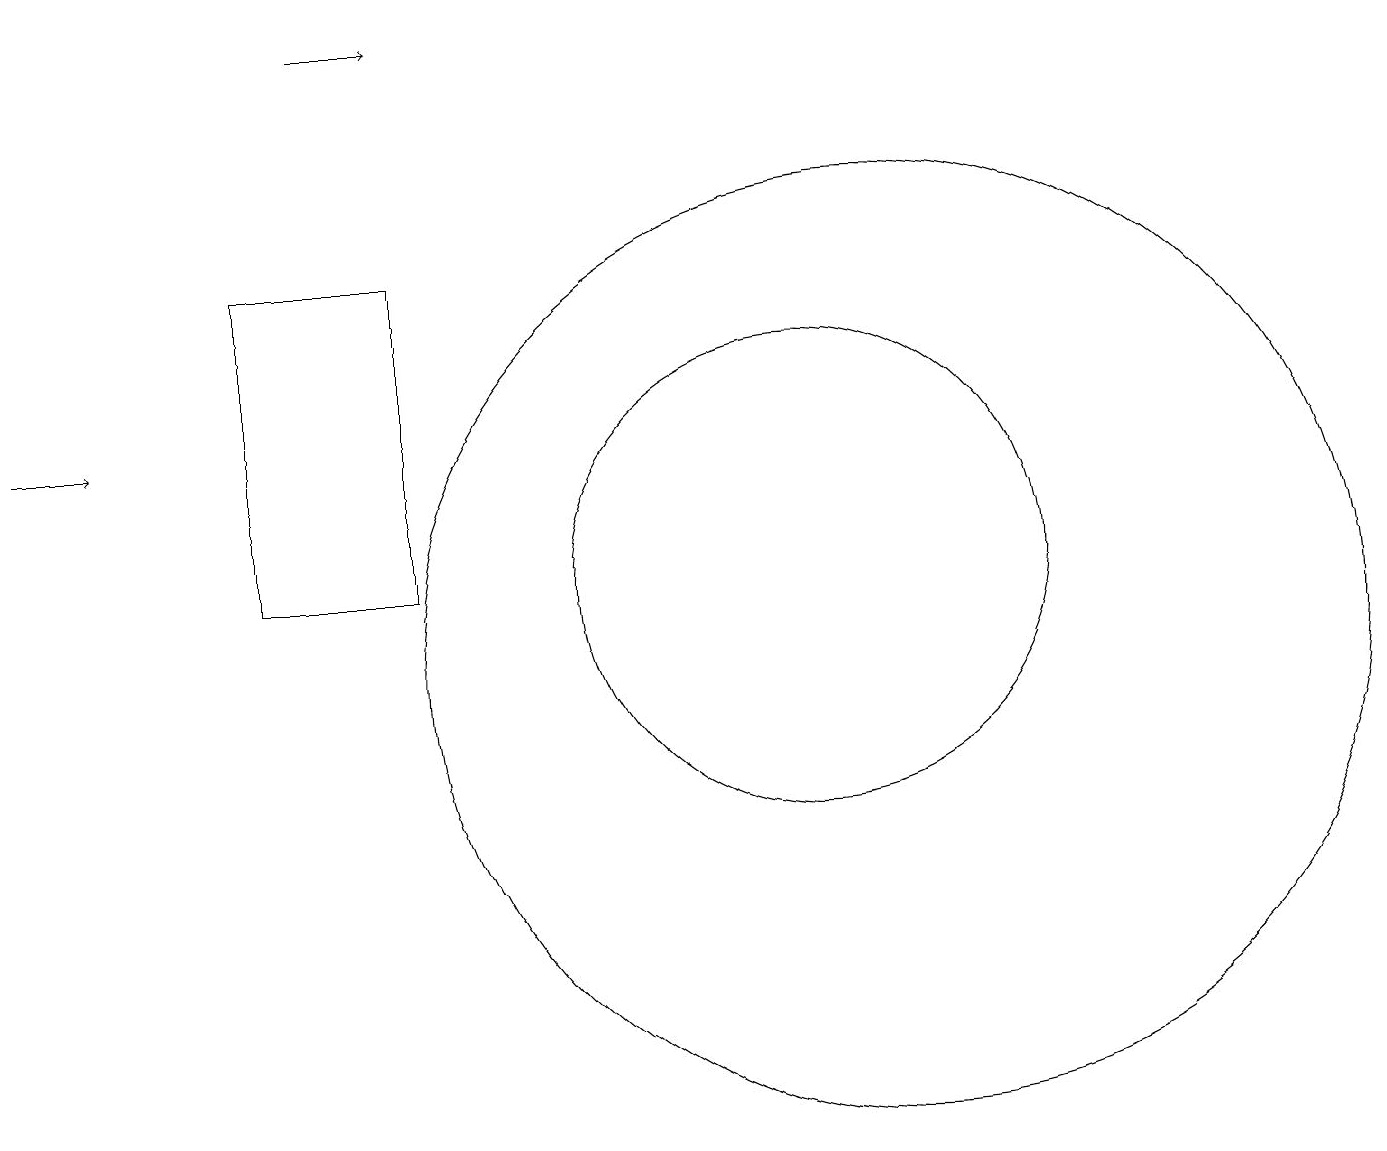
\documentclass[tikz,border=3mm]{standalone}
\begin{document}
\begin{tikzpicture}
\draw (10,12) circle (3);
\draw (5,16) rectangle (3,12);
\draw[->] (4,19) -- (5,19);
\draw (11,11) circle (6);
\draw[->] (0,14) -- (1,14);
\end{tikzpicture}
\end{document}